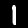
Label: 1